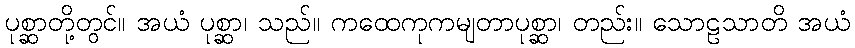
ပုစ္ဆာတို့တွင်။ အယံ ပုစ္ဆာ၊ သည်။ ကထေကုကမျတာပုစ္ဆာ၊ တည်း။ သောဠသာတိ အယံ